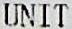
UNIT